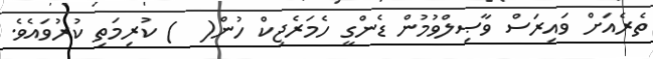
ތެރެއަށް ވައިރަސް ވާޞިލްވުމުން ޑެންގީ ހެމަރެޖިކް ހުން(  ) ކުރިމަތި ކުރުވައެވެ.